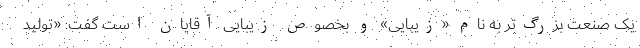
یک صنعت بزرگ‌تر به نام «زیبایی» و بخصوص زیبایی آقایان است گفت: «تولید